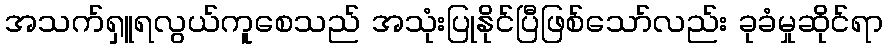
အသက်ရှူရလွယ်ကူစေသည် အသုံးပြုနိုင်ပြီဖြစ်သော်လည်း ခုခံမှုဆိုင်ရာ